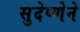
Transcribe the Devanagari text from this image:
सुदेष्णेने